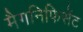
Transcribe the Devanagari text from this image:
मैगनिफिसेंट